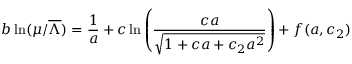
b \ln ( \mu / \overline { { { \Lambda } } } ) = \frac { 1 } { a } + c \ln \left( \frac { c a } { \sqrt { 1 + c a + c _ { 2 } a ^ { 2 } } } \right) + f ( a , c _ { 2 } )